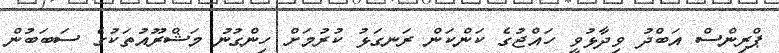
ޕްރިންސް އަބްދު ވިދާޅުވީ ހައްޖުގެ ކަންކަން ރަނގަޅު ކުރުމަށް ހިންގުނު މަޝްރޫއުތަކުގެ ސަބަބުން